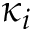
\kappa _ { i }